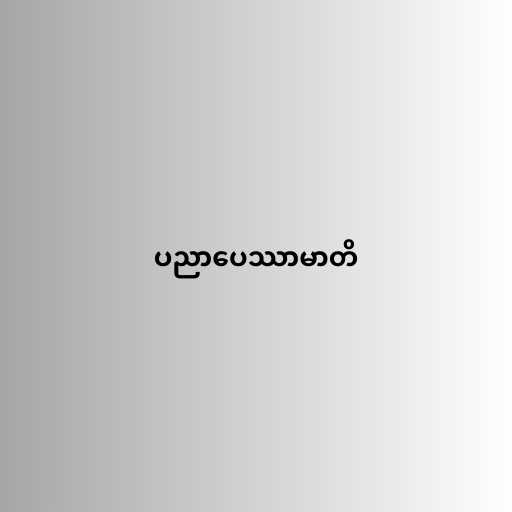
ပညာပေဿာမာတိ